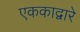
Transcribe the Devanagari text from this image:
एककाद्वारे